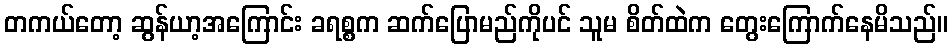
တကယ်တော့ ဆွန်ယာ့အကြောင်း ခရစ္စက ဆက်ပြောမည်ကိုပင် သူမ စိတ်ထဲက တွေးကြောက်နေမိသည်။